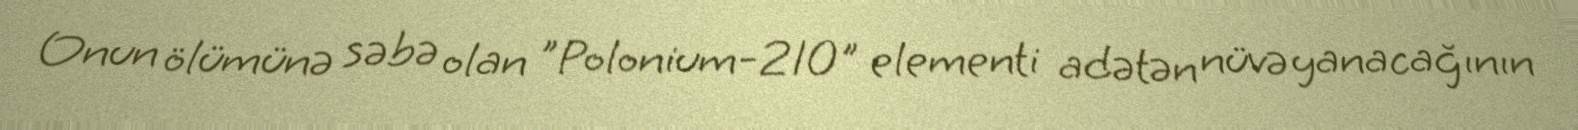
Onun ölümünə səbə olan "Polonium-210" elementi adətən nüvə yanacağının